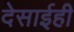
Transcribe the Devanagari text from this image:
देसाईही